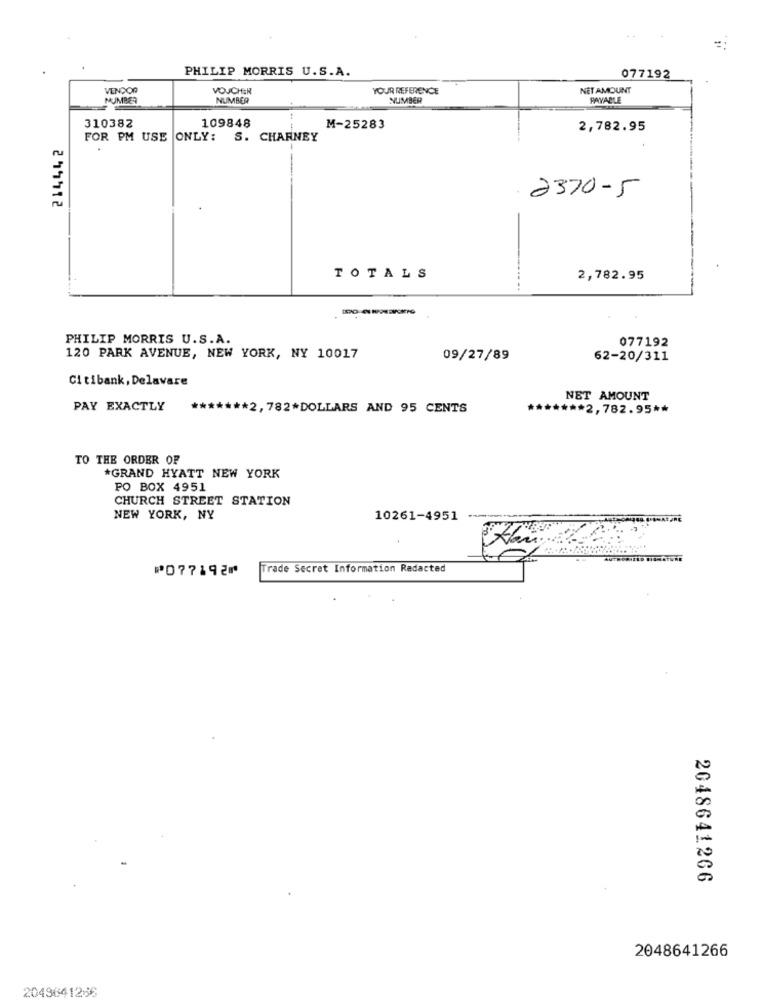
PHILIP MORRIS U.S.A.
077192
VENDOR
VOUCHER
YOUR REFERENCE
NET AMOUNT
NUMBER
NUMBER
NUMBER
PAYABLE
310382
109848
M-25283
2,782.95
214442
FOR PM USE ONLY:
S. CHARNEY
2370-5
TOTALS
2,782.95
PHILIP MORRIS U.S.A.
077192
120 PARK AVENUE, NEW YORK, NY 10017
09/27/89
62-20/311
Citibank, Delavare
NET AMOUNT
PAY EXACTLY
******* 2, 782*DOLLARS AND 95 CENTS
***** 2,782.95 **
TO THE ORDER OF
*GRAND HYATT NEW YORK
PO BOX 4951
CHURCH STREET STATION
NEW YORK, NY
10261-4951
⑈077192⑈
Trade Secret Information Redacted
2048641266
2048641266
2049641266